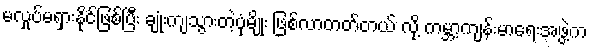
မလှုပ်မရှားနိုင်ဖြစ်ပြီး ချုံးကျသွားတဲ့ပုံမျိုး ဖြစ်လာတတ်တယ် လို့ ကမ္ဘာ့ကျန်းမာရေးအဖွဲ့က